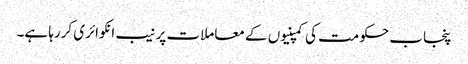
پنجاب حکومت کی کمپنیوں کے معاملات پر نیب انکوائری کررہا ہے۔